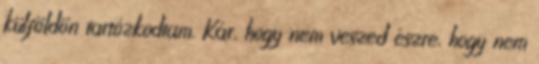
külföldön tartózkodtam. Kár, hogy nem veszed észre, hogy nem